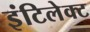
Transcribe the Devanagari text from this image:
इंटिलेक्ट